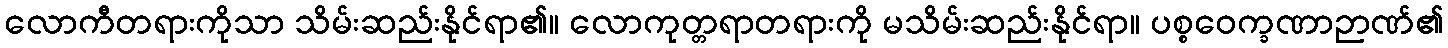
လောကီတရားကိုသာ သိမ်းဆည်းနိုင်ရာ၏။ လောကုတ္တရာတရားကို မသိမ်းဆည်းနိုင်ရာ။ ပစ္စဝေက္ခဏာဉာဏ်၏